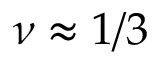
\nu \approx 1 / 3